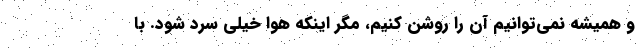
و همیشه نمی‌توانیم آن را روشن کنیم، مگر اینکه هوا خیلی سرد شود. با